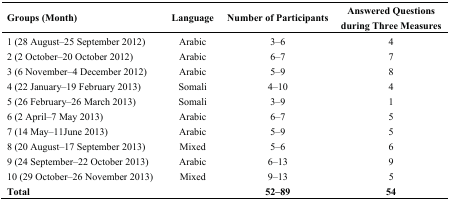
| Groups (Month) | Language | Number of Participants | Answered Questions during Three Measures |
 | --- | --- | --- | --- |
 | 1 (28 August–25 September 2012) | Arabic | 3–6 | 4 |
 | 2 (2 October–20 October 2012) | Arabic | 6–7 | 7 |
 | 3 (6 November–4 December 2012) | Arabic | 5–9 | 8 |
 | 4 (22 January–19 February 2013) | Somali | 4–10 | 4 |
 | 5 (26 February–26 March 2013) | Somali | 3–9 | 1 |
 | 6 (2 April–7 May 2013) | Arabic | 6–7 | 5 |
 | 7 (14 May–11June 2013) | Arabic | 5–9 | 5 |
 | 8 (20 August–17 September 2013) | Mixed | 5–6 | 6 |
 | 9 (24 September–22 October 2013) | Arabic | 6–13 | 9 |
 | 10 (29 October–26 November 2013) | Mixed | 9–13 | 5 |
 | Total |  | 52–89 | 54 |